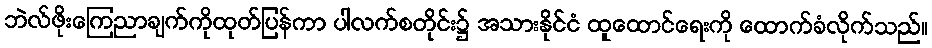
ဘဲလ်ဖိုးကြေညာချက်ကိုထုတ်ပြန်ကာ ပါလက်စတိုင်း၌ အသားနိုင်ငံ ထူထောင်ရေးကို ထောက်ခံလိုက်သည်။